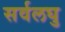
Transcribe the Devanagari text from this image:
सर्वलघु